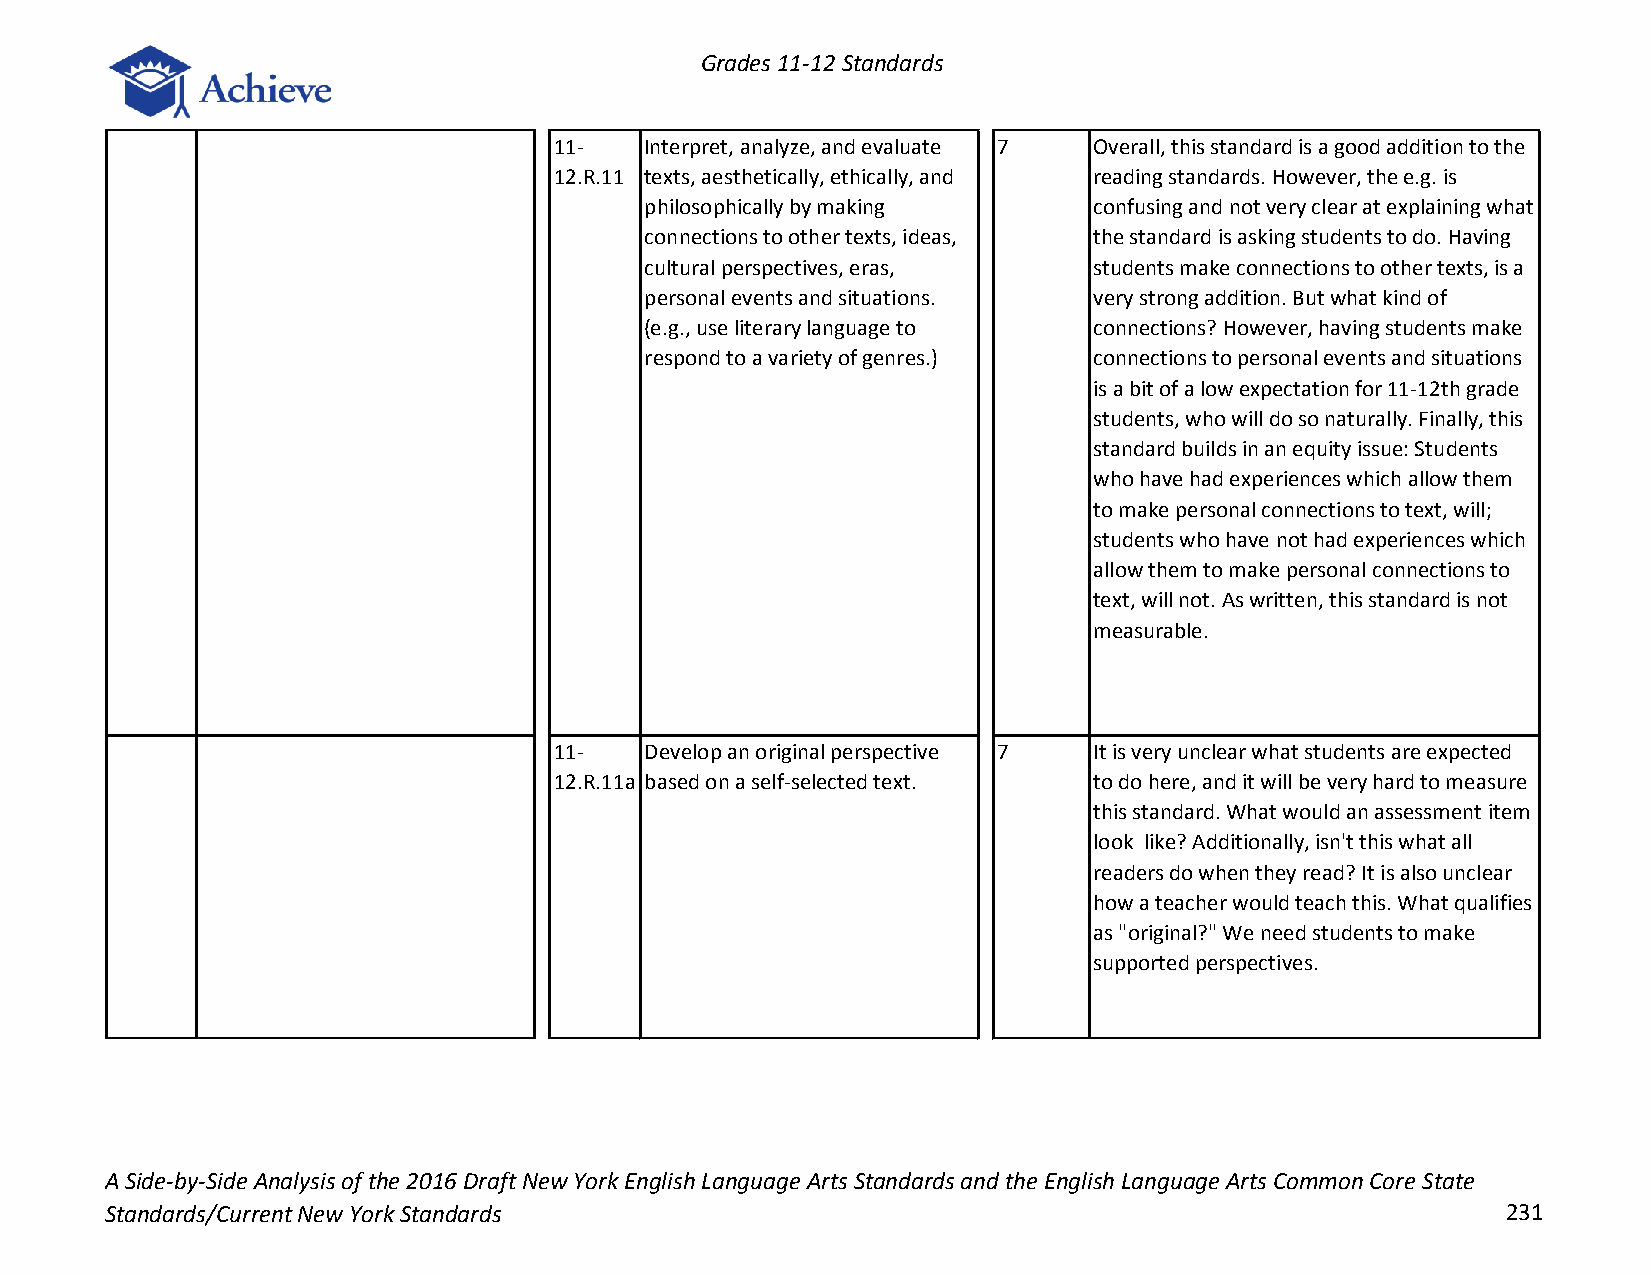
Grades 11-12 Standards
 11-   Interpret, analyze, and evaluate 7 Overall, this standard is a good addition to the
 12.R.11 texts, aesthetically, ethically, and reading standards. However, the e.g. is
 philosophically by making    confusing and not very clear at explaining what
 connections to other texts, ideas, the standard is asking students to do. Having
 cultural perspectives, eras, students make connections to other texts, is a
 personal events and situations. very strong addition. But what kind of
 (e.g., use literary language to connections? However, having students make
 respond to a variety of genres.) connections to personal events and situations
 is a bit of a low expectation for 11-12th grade
 students, who will do so naturally. Finally, this
 standard builds in an equity issue: Students
 who have had experiences which allow them
 to make personal connections to text, will;
 students who have not had experiences which
 allow them to make personal connections to
 text, will not. As written, this standard is not
 measurable.
 11-   Develop an original perspective 7 It is very unclear what students are expected
 12.R.11a based on a self-selected text. to do here, and it will be very hard to measure
 this standard. What would an assessment item
 look like? Additionally, isn't this what all
 readers do when they read? It is also unclear
 how a teacher would teach this. What qualifies
 as "original?" We need students to make
 supported perspectives.
 A Side-by-Side Analysis of the 2016 Draft New York English Language Arts Standards and the English Language Arts Common Core State
 Standards/Current New York Standards                                                         231